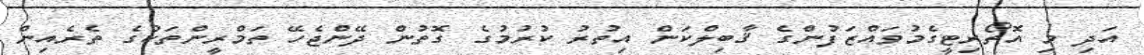
އަދި މި އޮތޯރިޓީގެމުވައްޒަފުންގެ ޤާބިލްކަން އިތުރު ކުރުމުގެ ގޮތުން ދޭންޖެހޭ ތަމްރީންތަކުގެ ތެރެއިން